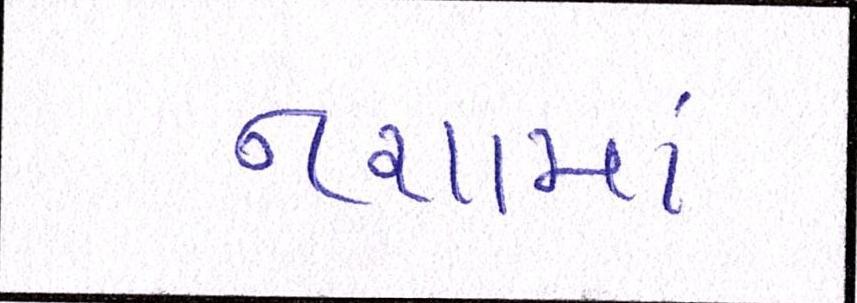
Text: નશામાં